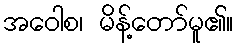
အဝေါစ၊ မိန့်တော်မူ၏။